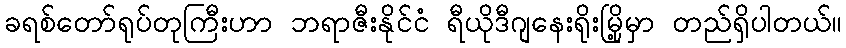
ခရစ်တော်ရုပ်တုကြီးဟာ ဘရာဇီးနိုင်ငံ ရီယိုဒီဂျနေးရိုးမြို့မှာ တည်ရှိပါတယ်။